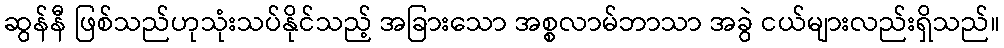
ဆွန်နီ ဖြစ်သည်ဟုသုံးသပ်နိုင်သည့် အခြားသော အစ္စလာမ်ဘာသာ အခွဲ ငယ်များလည်းရှိသည်။